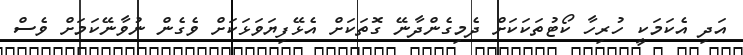
އަދި އެކަމަކީ ހުރިހާ ކޯޓުތަކަކަށް ދެމިގެންދާނޭ ގޮތަކަށް އެޅޭފިޔަވަޅަކަށް ވެގެން ނުވާނޭކަމަށް ވެސް